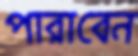
পারাবেন